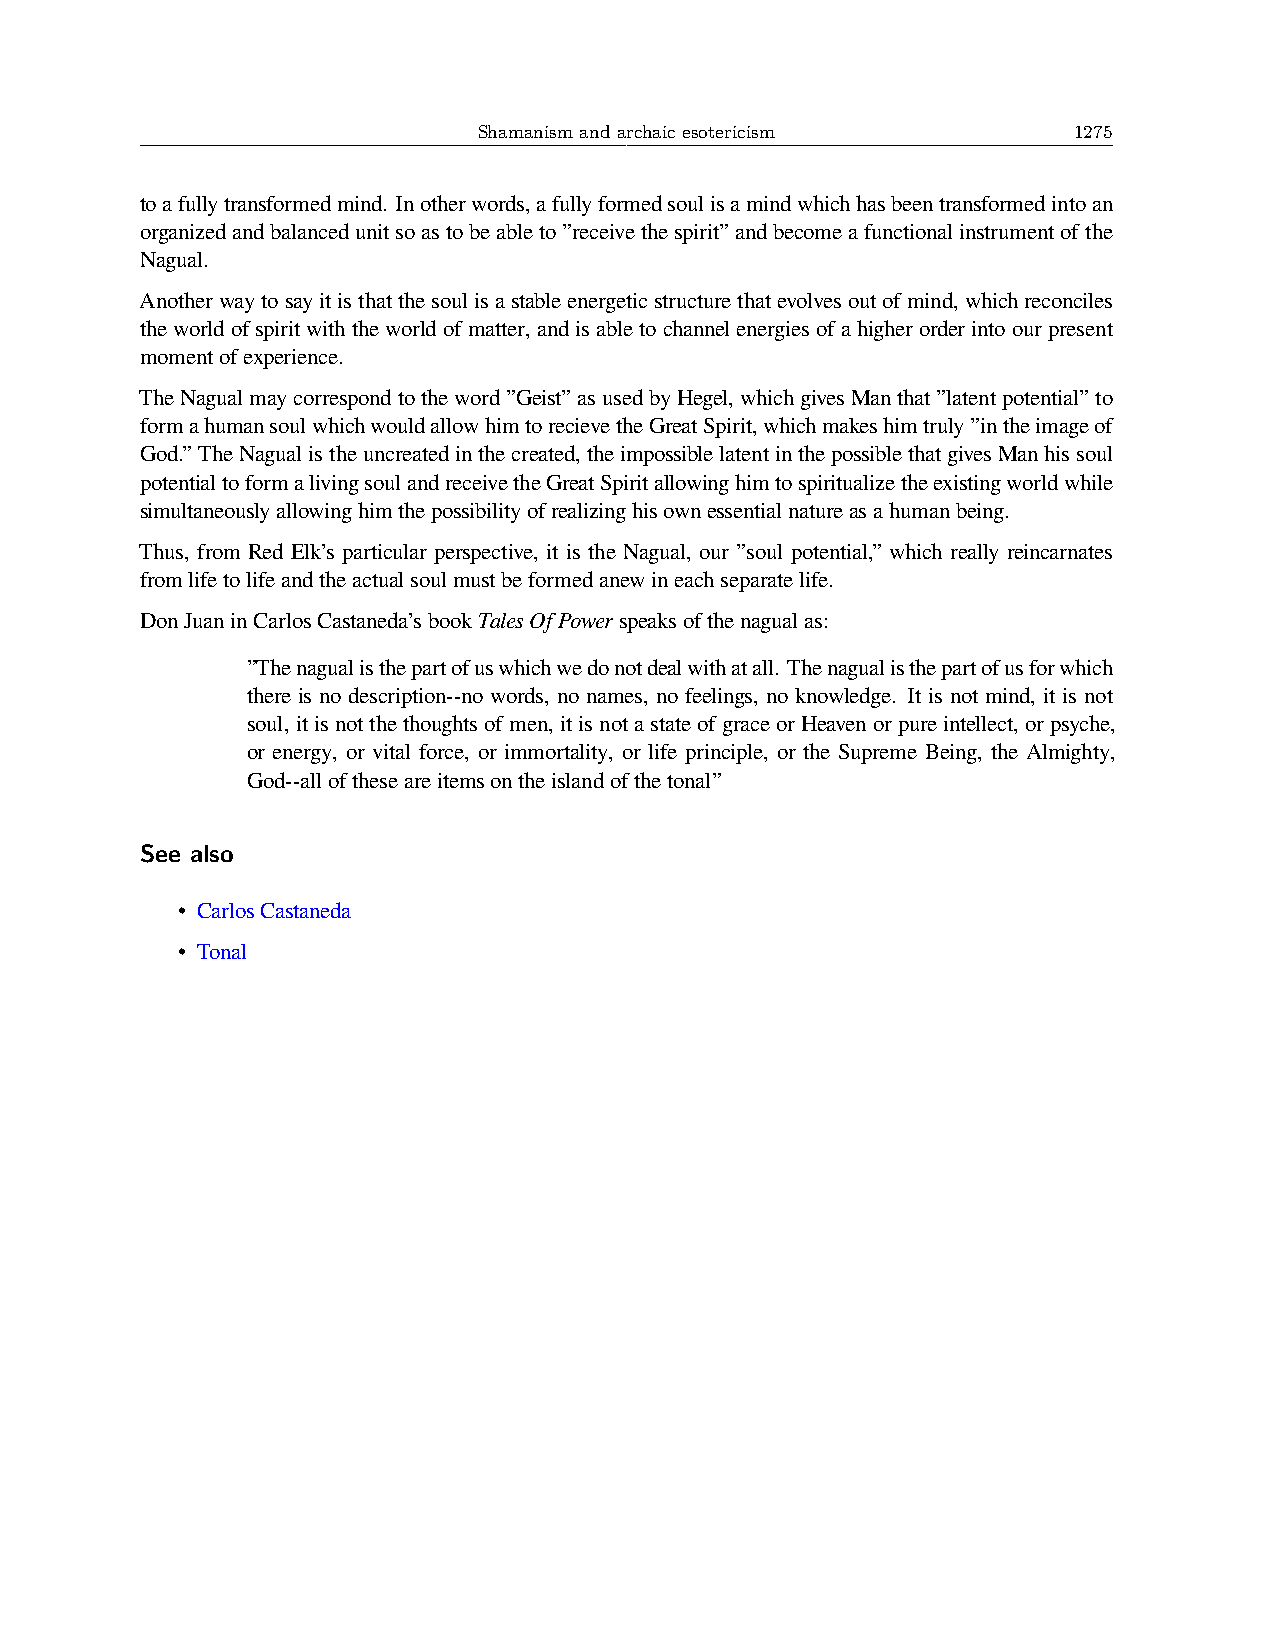
Shamanism and archaic esotericism      1275
 toafullytransformedmind. Inotherwords,afullyformedsoulisamindwhichhasbeentransformedintoan
 organizedandbalancedunitsoastobeableto”receivethespirit”andbecomeafunctionalinstrumentofthe
 Nagual.
 Anotherwaytosayitisthatthesoulisastableenergeticstructurethatevolvesoutofmind,whichreconciles
 theworldofspiritwiththeworldofmatter, andisabletochannelenergiesofahigherorderintoourpresent
 momentofexperience.
 TheNagualmaycorrespondtotheword”Geist”asusedbyHegel,whichgivesManthat”latentpotential”to
 formahumansoulwhichwouldallowhimtorecievetheGreatSpirit,whichmakeshimtruly”intheimageof
 God.”TheNagualistheuncreatedinthecreated,theimpossiblelatentinthepossiblethatgivesManhissoul
 potentialtoformalivingsoulandreceivetheGreatSpiritallowinghimtospiritualizetheexistingworldwhile
 simultaneouslyallowinghimthepossibilityofrealizinghisownessentialnatureasahumanbeing.
 Thus, from Red Elk’s particular perspective, it is the Nagual, our ”soul potential,” which really reincarnates
 fromlifetolifeandtheactualsoulmustbeformedanewineachseparatelife.
 DonJuaninCarlosCastaneda’sbookTalesOfPowerspeaksofthenagualas:
 ”Thenagualisthepartofuswhichwedonotdealwithatall. Thenagualisthepartofusforwhich
 there is no description--no words, no names, no feelings, no knowledge. It is not mind, it is not
 soul,itisnotthethoughtsofmen,itisnotastateofgraceorHeavenorpureintellect,orpsyche,
 or energy, or vital force, or immortality, or life principle, or the Supreme Being, the Almighty,
 God--alloftheseareitemsontheislandofthetonal”
 See also
 • CarlosCastaneda
 • Tonal